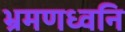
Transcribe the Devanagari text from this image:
भ्रमणध्वनि